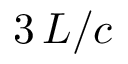
3 \, L / c